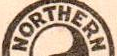
NORTHERN